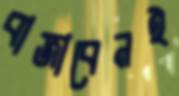
বাজাবেনই